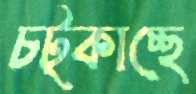
চট্‌কাচ্ছে